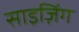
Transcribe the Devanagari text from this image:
साइज़िंग